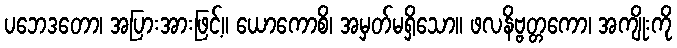
ပဘေဒတော၊ အပြားအားဖြင့်။ ယောကောစိ၊ အမှတ်မရှိသော။ ဖလနိဗ္ဗတ္တကော၊ အကျိုးကို